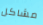
مشاكل